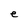
Character: e